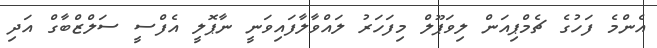
އެންމެ ފަހުގެ ޗެމްޕިއަން ލިވަޕޫލް މިފަހަރު ލައްވާލާފައިވަނީ ނާޕޮލީ އެފްސީ ސަލްޒްބާގް އަދި